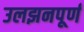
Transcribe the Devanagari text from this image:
उलझनपूर्ण